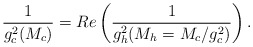
\begin{align*}\frac{1}{g_c^2(M_c)} = Re\left(\frac{1}{g^2_h(M_h=M_c/g_c^2)}\right).\end{align*}